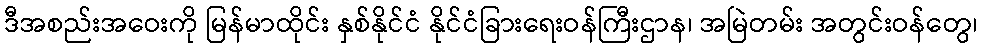
ဒီအစည်းအဝေးကို မြန်မာထိုင်း နှစ်နိုင်ငံ နိုင်ငံခြားရေးဝန်ကြီးဌာန၊ အမြဲတမ်း အတွင်းဝန်တွေ၊